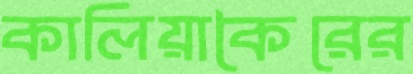
কালিয়াকৈরের